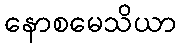
နောစမေသိယာ